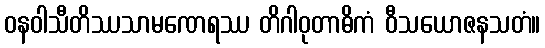
ဝနဝါသီတိဿသာမဏေရဿ တိဂါဝုတာဓိကံ ဝီသယောဇနသတံ။